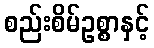
စည်းစိမ်ဥစ္စာနှင့်